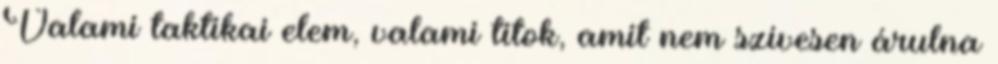
Valami taktikai elem, valami titok, amit nem szívesen árulna